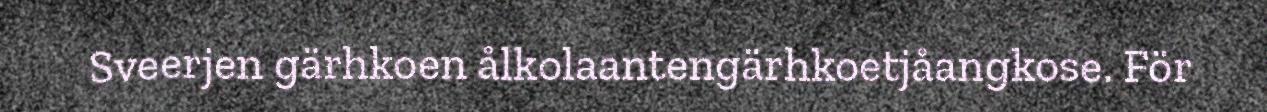
Sveerjen gärhkoen ålkolaantengärhkoetjåangkose. För